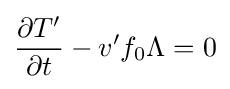
{\partial T' \over \partial t}-v'f_{0}\Lambda =0